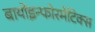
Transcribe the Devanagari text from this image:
बायोइन्फोरमेटिक्स